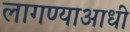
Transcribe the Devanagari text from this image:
लागण्याआधी